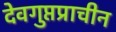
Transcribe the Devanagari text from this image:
देवगुप्तप्राचीन